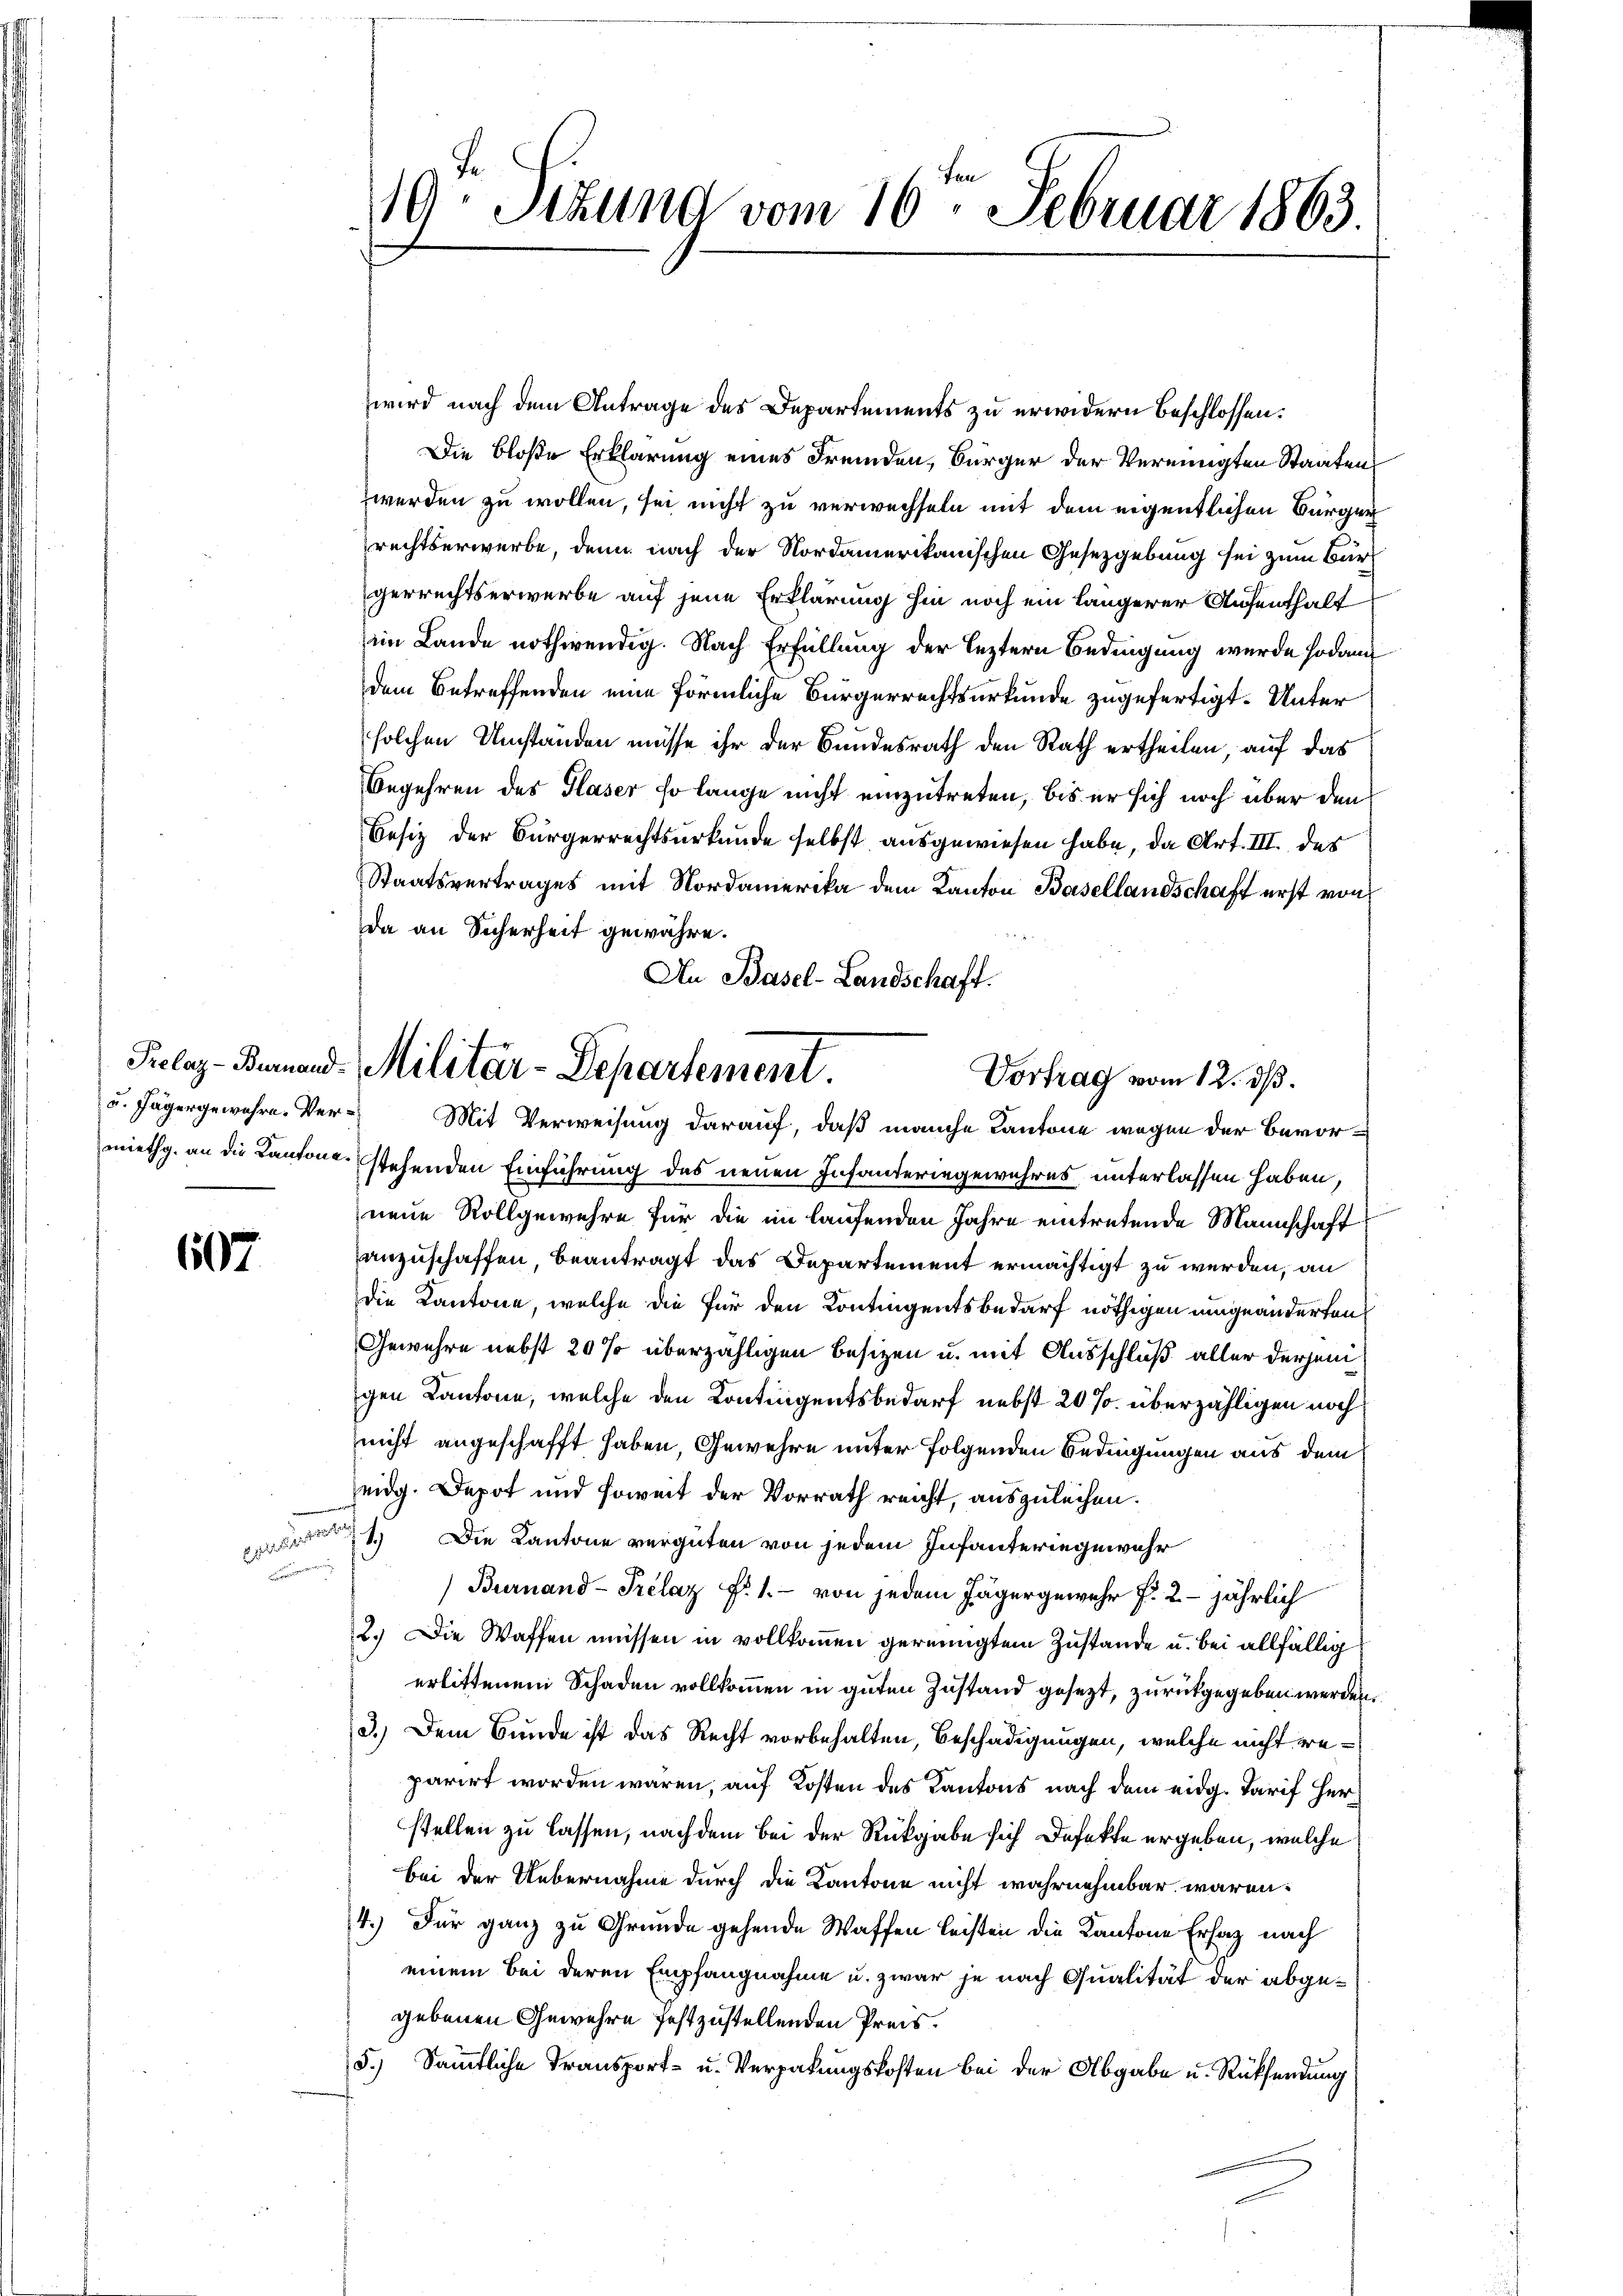
607

n

19. Sekund vom 16. Februar 1863.

wird nach dem Antrage des Departements zu erwidern beschlossen:
Die bloße Erklärung eines Fremden, Bürger der Vereinigten Staaten
werden zu wollen, sei nicht zu verwechseln mit dem eigentlichen Bürger
rechtserwerbe, denn nach der Nordamerikanischen Gesetzgebung sei zum Bürgerrechtserwerbe auf jene Erklärung hin noch ein längerer Aufenthalt
im Lande nothwendig. Nach Erfüllung der leztern Bedingung wurde sodann
dem Betreffenden eine förmliche Bürgerrechtsurkunde zugefertigt. Unter
solchen Umständen müsse ihr der Bundesrath den Rath ertheilen, auf das
Begehren des Glaser so lange nicht einzutreten, bis er sich noch über den
Besiz der Bürgerrechtsurkunde selbst ausgewiesen habe, da Art. III. des
Staatsvertrages mit Nordamerika dem Kanton Basellandschaft erst von
da an Sicherheit gewähre.
An Basel-Landschaft.
u. Jägergewahre. Ver¬ Mit Verweisung darauf, daß manche Kantone wegen der Bevormiethg. an die Kantone stehenden Einführung des neuen Infanteringewahres unterlassen haben,
neue Rollgewehre für die im laufenden Jahre eintretende Mannschaft
anzuschaffen, beantragt das Departement ermächtigt zu werden, an
die Kantone, welche die für den Kontingentsbedarf nöthigen umgeänderten
Gewehre nebst 20 % überzähligen besizen u. mit Ausschluß aller derjenigen Kantone, welche den Kontingentsbedarf nebst 20 %. überzähligen noch
nicht angeschafft haben, Gewehre unter folgenden Bedingungen aus dem
Zeidg. Depot und soweit der Vorrath reicht, auszuleihen.
1.) Die Kantone vergüten von jedem Infanteringewehr
Burnand -Prélaz Fr. 1.- von jedem Jägergewehr f. 2 jährlich
2.) Die Waffen müssen in vollkommen gereinigtem Zustande u. bei allfällig
erlittenem Schaden vollkommen in guten Zustand gesezt, zurückgegeben werden.
3.) Dem Bunde ist das Recht vorbehalten, Beschädigungen, welche nicht weparirt worden wären, auf Kosten des Kantons nach dem eidg. Tarif Herstellen zu lassen, nachdem bei der Rückgabe sich Defekte ergeben, welche
bei der Uebernahme durch die Kantone nicht wahrnehmbar wären.
4.) Für ganz zu Grunde gehende Waffen leisten die Kantone Erhaz nach
einem bei deren Empfangnahme u. zwar je nach Qualität der abgegebenen Gewehre festzustellenden Preis.
5.) Sämmtliche Transport- u. Verpakungskosten bei der Abgabe u. Rücksendung

Prelag-Bauand Militär-Departement.
Vortrag vom 12. ds.